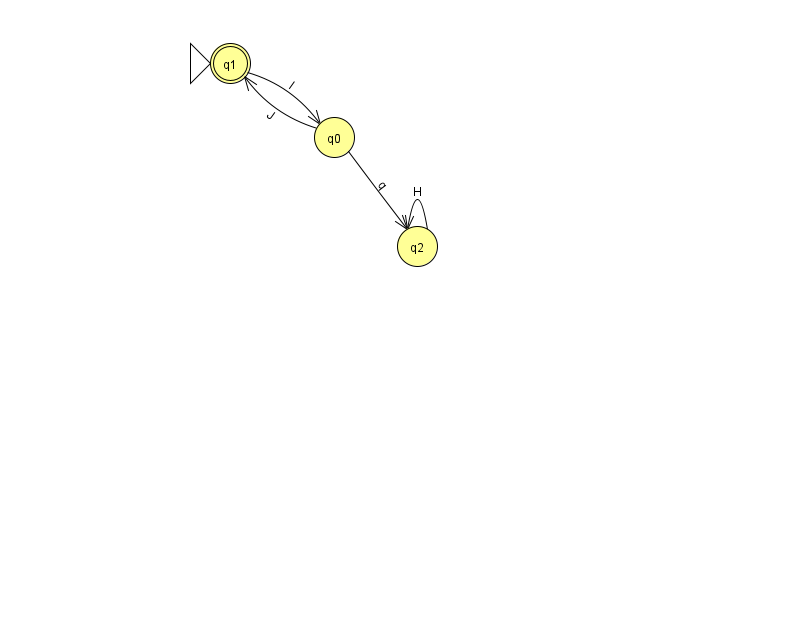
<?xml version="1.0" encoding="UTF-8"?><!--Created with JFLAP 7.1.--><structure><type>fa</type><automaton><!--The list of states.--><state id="0" name="q0"><x>334.0</x><y>124.0</y></state><state id="1" name="q1"><x>230.0</x><y>50.0</y><initial/><final/></state><state id="2" name="q2"><x>417.0</x><y>233.0</y></state><!--The list of transitions.--><transition><from>0</from><to>1</to><read>J</read></transition><transition><from>0</from><to>2</to><read>q</read></transition><transition><from>1</from><to>0</to><read>I</read></transition><transition><from>2</from><to>2</to><read>H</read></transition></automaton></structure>